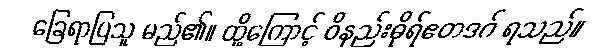
ခြေရာပြသူ မည်၏။ ထို့ကြောင့် ဝိနည်းဓိုရ်ဧတဒဂ် ရသည်။